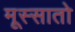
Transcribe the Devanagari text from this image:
मूस्सातो